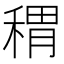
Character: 稩